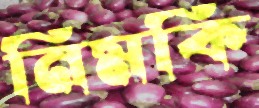
নিমকি